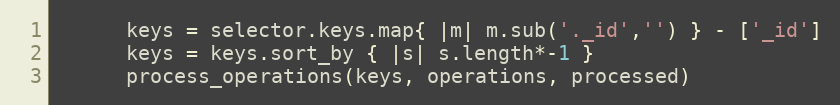
Language: Ruby
      keys = selector.keys.map{ |m| m.sub('._id','') } - ['_id']
      keys = keys.sort_by { |s| s.length*-1 }
      process_operations(keys, operations, processed)